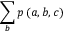
\sum _ { b } p \left( a , b , c \right)